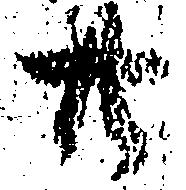
廿